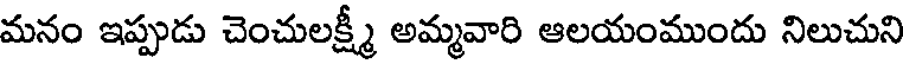
మనం ఇప్పుడు చెంచులక్ష్మీ అమ్మవారి ఆలయంముందు నిలుచుని